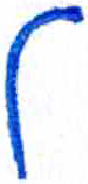
אות: ל